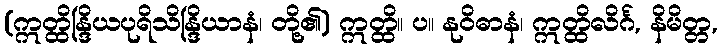
(ဣတ္ထိန္ဒြိယပုရိသိန္ဒြိယာနံ၊ တို့၏) ဣတ္ထိ။ ပ။ နုဝိဓာနံ၊ ဣတ္ထိလိင်္ဂ, နိမိတ္တ,